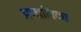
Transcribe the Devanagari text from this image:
प्रणालिका